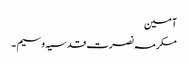
آمین
مکرمہ نصرت قدسیہ وسیم ۔